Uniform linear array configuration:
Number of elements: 24
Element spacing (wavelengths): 0.5
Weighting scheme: uniform
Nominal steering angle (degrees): -60
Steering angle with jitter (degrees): -58.998
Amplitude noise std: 0.05
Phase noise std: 0.05

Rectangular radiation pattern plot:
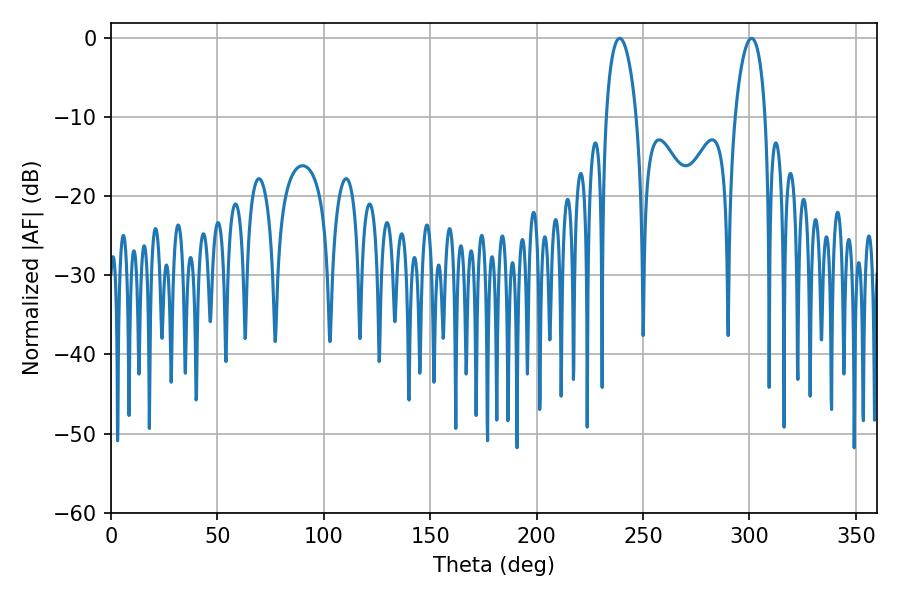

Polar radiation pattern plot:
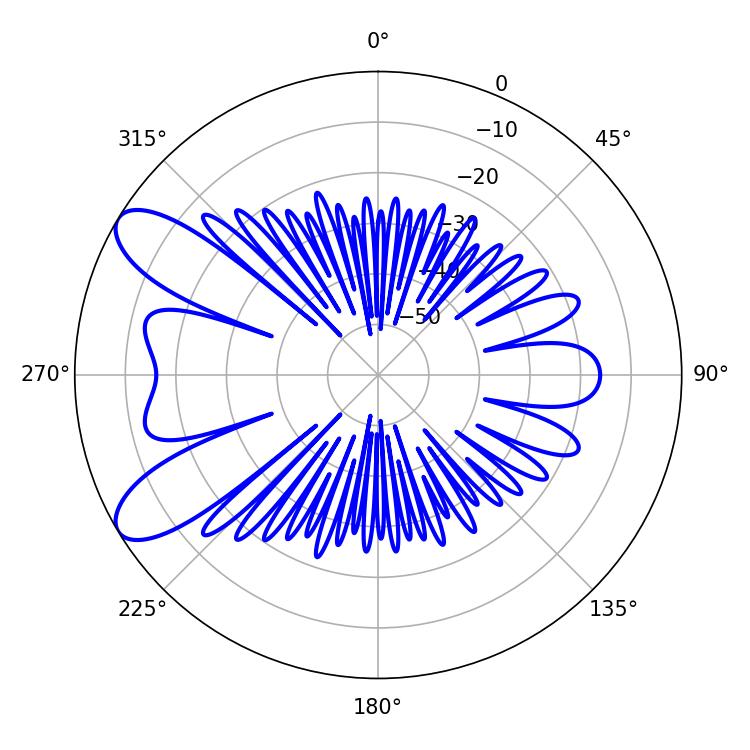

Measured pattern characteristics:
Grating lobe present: FALSE
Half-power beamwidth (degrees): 8.1
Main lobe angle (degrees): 239.04